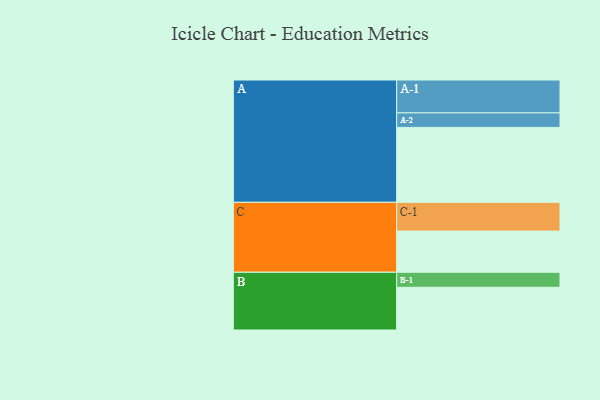
{"axis": {"x": "Segment", "y": "Value"}, "legend": ["", "A", "B", "C"], "data": [{"x": "A", "y": 588, "type": ""}, {"x": "B", "y": 335, "type": ""}, {"x": "C", "y": 323, "type": ""}, {"x": "A-1", "y": 258, "type": "A"}, {"x": "A-2", "y": 114, "type": "A"}, {"x": "B-1", "y": 118, "type": "B"}, {"x": "C-1", "y": 226, "type": "C"}]}